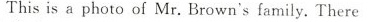
Thisis a photo of Mr. Brown's family.There